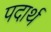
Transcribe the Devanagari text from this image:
पदार्थ